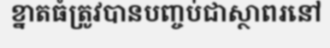
ខ្នាតធំត្រូវបានបញ្ចប់ជាស្ថាពរនៅ